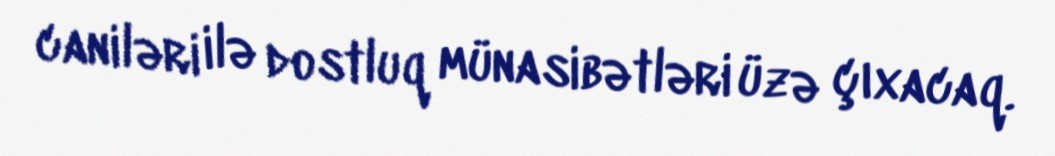
caniləri ilə dostluq münasibətləri üzə çıxacaq.